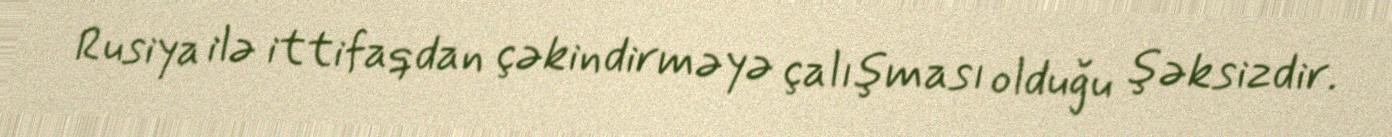
Rusiya ilə ittifaqdan çəkindirməyə çalışması olduğu şəksizdir.